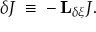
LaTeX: \delta J \; \equiv \; - \, { \bf L } _ { \delta \xi } J .